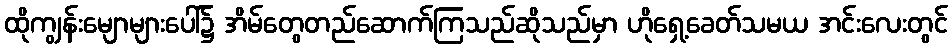
ထိုကျွန်းမျောများပေါ်၌ အိမ်တွေတည်ဆောက်ကြသည်ဆိုသည်မှာ ဟိုရှေ့ခေတ်သမယ အင်းလေးတွင်